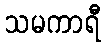
သမကာရီ